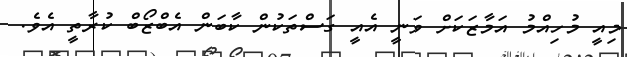
މިއީ މުހިއްމު އަމާޒަކަށް ވަނީ އެއީ ގަސްތަކުން ކާބަން އެބްޒޯބް ކުރާތީ އެވެ.